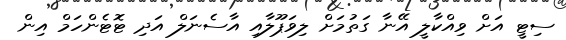
ސިޓީ އަށް ވިއްކާލީ އޭނާ ގަތުމަށް ލިވަޕޫލާއި އާސެނަލް އަދި ޓޮޓެންހަމް އިން